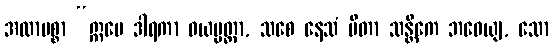
အထာမစ္စာ “ဣမေ ဒါရကာ ဝယပ္ပတ္တာ, သစေ နေသံ ပိတာ သန္တိကေ ဘဝေယျ, သော